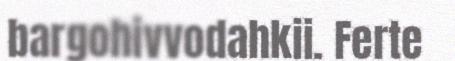
bargohivvodahkii. Ferte